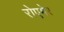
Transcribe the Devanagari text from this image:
रोएमेर